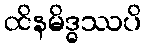
ထိနမိဒ္ဓဿပိ